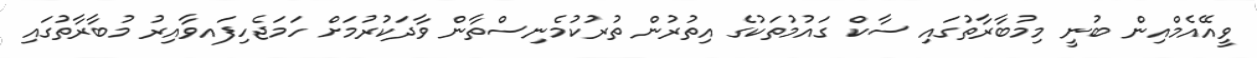
ވީއޭއެމްއިން ބުނީ މިމުބާރާތުގައި ސާކް ގައުމުތަކުގެ އިތުރުން ތުރުކުމެނިސްތާން ވާދަކުރުމަށް ހަމަޖެހިފައވާއިރު މުބާރާތުގައި